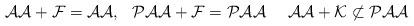
LaTeX: \begin{align*}\mathcal A \mathcal A+ \mathcal F=\mathcal A \mathcal A, \ \ \mathcal P\mathcal A \mathcal A + \mathcal F = \mathcal P\mathcal A \mathcal A \ \ \ \ \mathcal A \mathcal A+ \mathcal K \not\subset \mathcal P \mathcal A \mathcal A \end{align*}